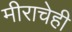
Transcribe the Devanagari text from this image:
मीराचेही